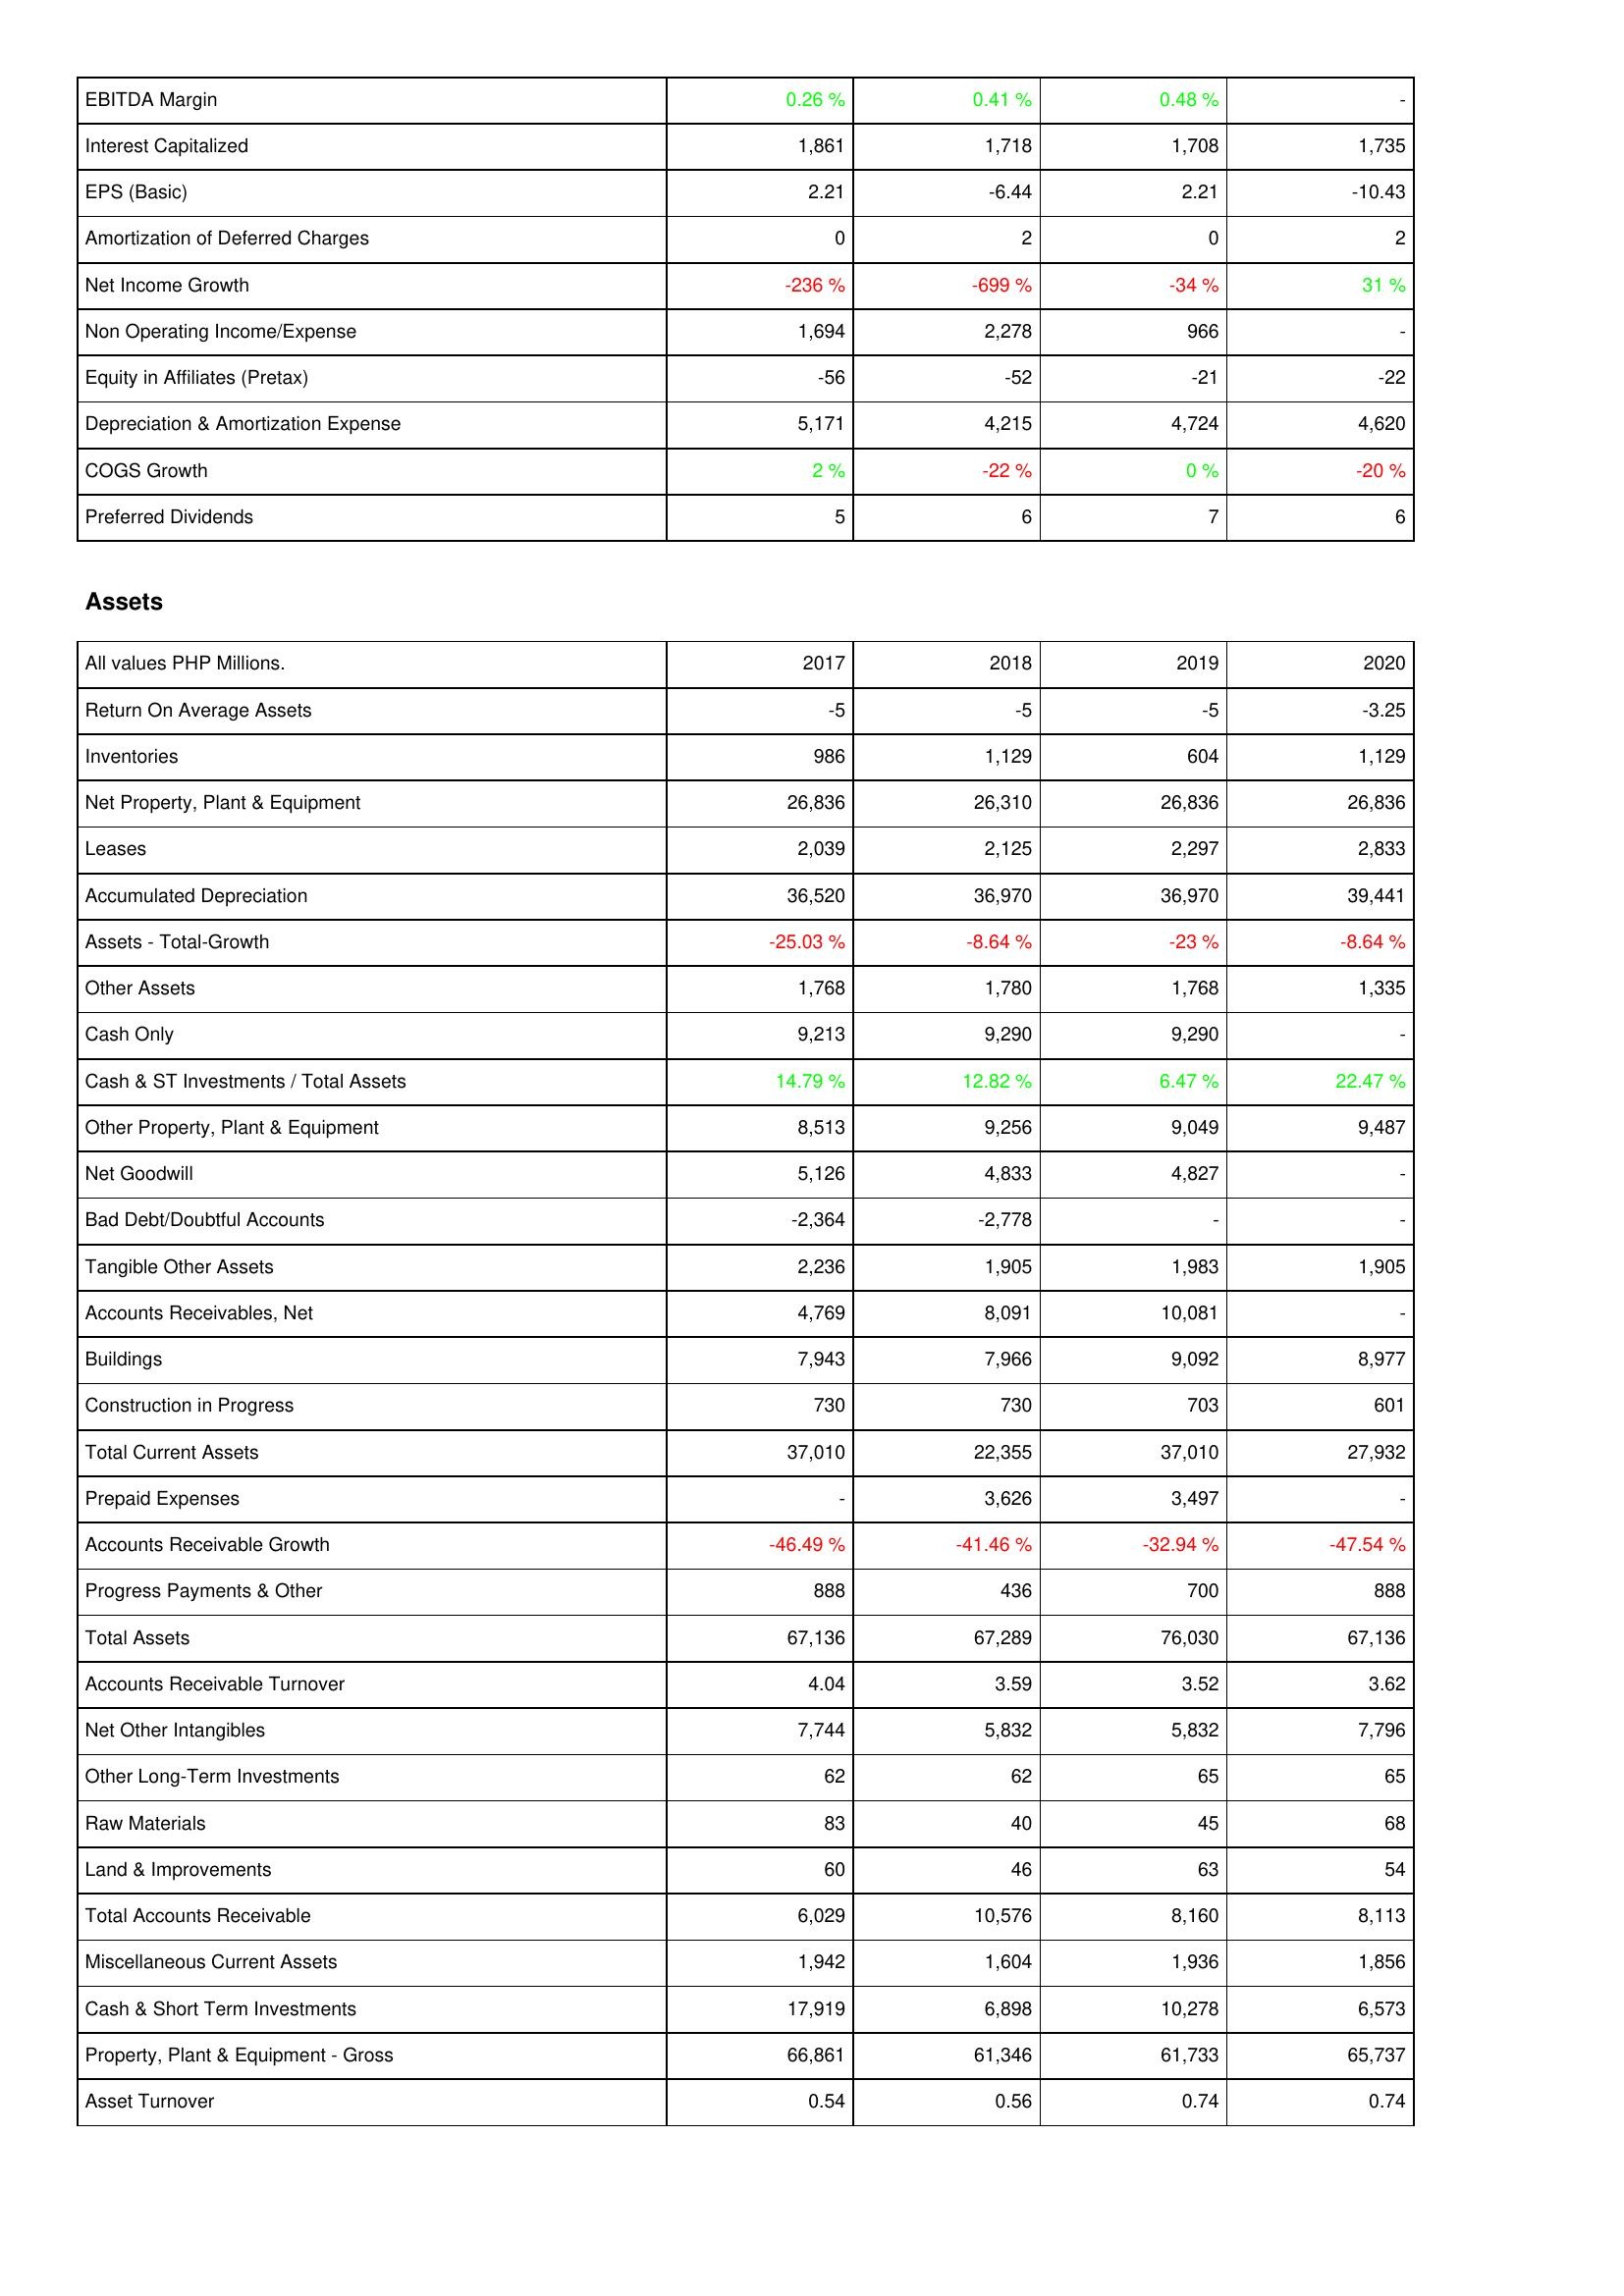
2017: Income Statement: EBITDA Margin: 0.26 %
Interest Capitalized: 1,861
EPS (Basic): 2.21
Amortization of Deferred Charges: 0
Net Income Growth: -236 %
Non Operating Income/Expense: 1,694
Equity in Affiliates (Pretax): -56
Depreciation & Amortization Expense: 5,171
COGS Growth: 2 %
Preferred Dividends: 5
Assets: Return On Average Assets: -5
Inventories: 986
Net Property, Plant & Equipment: 26,836
Leases: 2,039
Accumulated Depreciation: 36,520
Assets - Total-Growth: -25.03 %
Other Assets: 1,768
Cash Only: 9,213
Cash & ST Investments / Total Assets: 14.79 %
Other Property, Plant & Equipment: 8,513
Net Goodwill: 5,126
Bad Debt/Doubtful Accounts: -2,364
Tangible Other Assets: 2,236
Accounts Receivables, Net: 4,769
Buildings: 7,943
Construction in Progress: 730
Total Current Assets: 37,010
Prepaid Expenses: -
Accounts Receivable Growth: -46.49 %
Progress Payments & Other: 888
Total Assets: 67,136
Accounts Receivable Turnover: 4.04
Net Other Intangibles: 7,744
Other Long-Term Investments: 62
Raw Materials: 83
Land & Improvements: 60
Total Accounts Receivable: 6,029
Miscellaneous Current Assets: 1,942
Cash & Short Term Investments: 17,919
Property, Plant & Equipment - Gross: 66,861
Asset Turnover: 0.54
2018: Income Statement: EBITDA Margin: 0.41 %
Interest Capitalized: 1,718
EPS (Basic): -6.44
Amortization of Deferred Charges: 2
Net Income Growth: -699 %
Non Operating Income/Expense: 2,278
Equity in Affiliates (Pretax): -52
Depreciation & Amortization Expense: 4,215
COGS Growth: -22 %
Preferred Dividends: 6
Assets: Return On Average Assets: -5
Inventories: 1,129
Net Property, Plant & Equipment: 26,310
Leases: 2,125
Accumulated Depreciation: 36,970
Assets - Total-Growth: -8.64 %
Other Assets: 1,780
Cash Only: 9,290
Cash & ST Investments / Total Assets: 12.82 %
Other Property, Plant & Equipment: 9,256
Net Goodwill: 4,833
Bad Debt/Doubtful Accounts: -2,778
Tangible Other Assets: 1,905
Accounts Receivables, Net: 8,091
Buildings: 7,966
Construction in Progress: 730
Total Current Assets: 22,355
Prepaid Expenses: 3,626
Accounts Receivable Growth: -41.46 %
Progress Payments & Other: 436
Total Assets: 67,289
Accounts Receivable Turnover: 3.59
Net Other Intangibles: 5,832
Other Long-Term Investments: 62
Raw Materials: 40
Land & Improvements: 46
Total Accounts Receivable: 10,576
Miscellaneous Current Assets: 1,604
Cash & Short Term Investments: 6,898
Property, Plant & Equipment - Gross: 61,346
Asset Turnover: 0.56
2019: Income Statement: EBITDA Margin: 0.48 %
Interest Capitalized: 1,708
EPS (Basic): 2.21
Amortization of Deferred Charges: 0
Net Income Growth: -34 %
Non Operating Income/Expense: 966
Equity in Affiliates (Pretax): -21
Depreciation & Amortization Expense: 4,724
COGS Growth: 0 %
Preferred Dividends: 7
Assets: Return On Average Assets: -5
Inventories: 604
Net Property, Plant & Equipment: 26,836
Leases: 2,297
Accumulated Depreciation: 36,970
Assets - Total-Growth: -23 %
Other Assets: 1,768
Cash Only: 9,290
Cash & ST Investments / Total Assets: 6.47 %
Other Property, Plant & Equipment: 9,049
Net Goodwill: 4,827
Bad Debt/Doubtful Accounts: -
Tangible Other Assets: 1,983
Accounts Receivables, Net: 10,081
Buildings: 9,092
Construction in Progress: 703
Total Current Assets: 37,010
Prepaid Expenses: 3,497
Accounts Receivable Growth: -32.94 %
Progress Payments & Other: 700
Total Assets: 76,030
Accounts Receivable Turnover: 3.52
Net Other Intangibles: 5,832
Other Long-Term Investments: 65
Raw Materials: 45
Land & Improvements: 63
Total Accounts Receivable: 8,160
Miscellaneous Current Assets: 1,936
Cash & Short Term Investments: 10,278
Property, Plant & Equipment - Gross: 61,733
Asset Turnover: 0.74
2020: Income Statement: EBITDA Margin: -
Interest Capitalized: 1,735
EPS (Basic): -10.43
Amortization of Deferred Charges: 2
Net Income Growth: 31 %
Non Operating Income/Expense: -
Equity in Affiliates (Pretax): -22
Depreciation & Amortization Expense: 4,620
COGS Growth: -20 %
Preferred Dividends: 6
Assets: Return On Average Assets: -3.25
Inventories: 1,129
Net Property, Plant & Equipment: 26,836
Leases: 2,833
Accumulated Depreciation: 39,441
Assets - Total-Growth: -8.64 %
Other Assets: 1,335
Cash Only: -
Cash & ST Investments / Total Assets: 22.47 %
Other Property, Plant & Equipment: 9,487
Net Goodwill: -
Bad Debt/Doubtful Accounts: -
Tangible Other Assets: 1,905
Accounts Receivables, Net: -
Buildings: 8,977
Construction in Progress: 601
Total Current Assets: 27,932
Prepaid Expenses: -
Accounts Receivable Growth: -47.54 %
Progress Payments & Other: 888
Total Assets: 67,136
Accounts Receivable Turnover: 3.62
Net Other Intangibles: 7,796
Other Long-Term Investments: 65
Raw Materials: 68
Land & Improvements: 54
Total Accounts Receivable: 8,113
Miscellaneous Current Assets: 1,856
Cash & Short Term Investments: 6,573
Property, Plant & Equipment - Gross: 65,737
Asset Turnover: 0.74